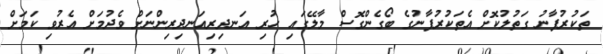
ތަކުރުފާނު ގަތުލުކޮށް އެތަކުރުފާނުގެ ބޯގެންގޮސް މާލޭގައި ހުރި އަނދިރިއަނދިރިންނަށް ވެދުމަށް އެރުވި ކަމަށް